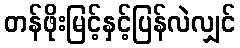
တန်ဖိုးမြင့်နှင့်ပြန်လဲလျှင်